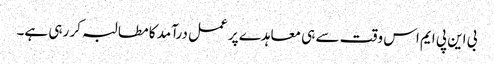
بی این پی ایم اس وقت سے ہی معاہدے پر عمل درآمد کا مطالبہ کر رہی ہے۔